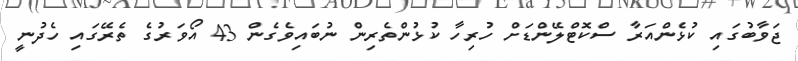
ޖަވާބުގައި ކުޅެންއަރާ ސްކޮޓްލޭންޑަށް ހުރިހާ ކުޅުންތެރިން ނުބައިވެގެން 43 އޯވަރުގެ ތެރޭގައި ހެދުނީ